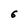
Character: 6